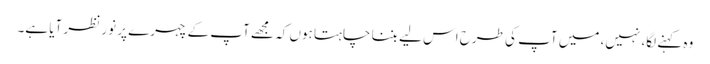
وہ کہنے لگا، نہیں، میں آپ کی طرح اس لیے بننا چاہتا ہوں کہ مجھے آپ کے چہرے پر نور نظر آیا ہے۔